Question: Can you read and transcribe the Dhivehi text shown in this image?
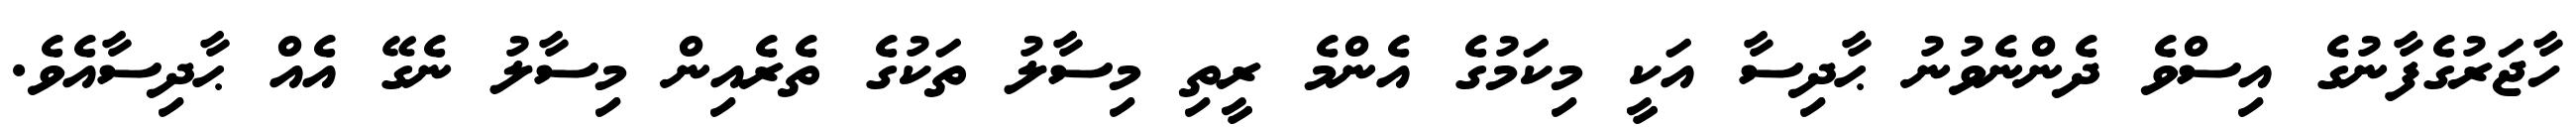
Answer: ހާޖަރުގެފާނުގެ އިސްވެ ދެންނެވުނު ޙާދިސާ އަކީ މިކަމުގެ އެންމެ ރީތި މިސާލު ތަކުގެ ތެރެއިން މިސާލު ނެގޭ އެއް ޙާދިސާއެވެ.